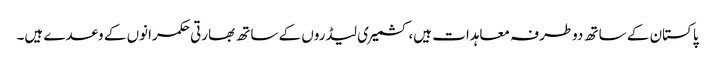
پاکستان کے ساتھ دوطرفہ معاہدات ہیں،کشمیری لیڈروں کے ساتھ بھارتی حکمرانوں کے وعدے ہیں۔